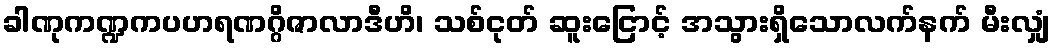
ခါဏုကဏ္ဍကပဟရဏဂ္ဂိဇာလာဒီဟိ၊ သစ်ငုတ် ဆူးငြောင့် အသွားရှိသောလက်နက် မီးလျှံ